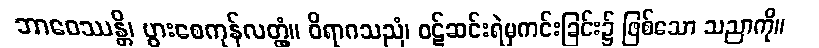
ဘာဝေဿန္တိ၊ ပွားစေကုန်လတ္တံ့။ ဝိရာဂသညံ၊ ဝဋ်ဆင်းရဲမှကင်းခြင်း၌ ဖြစ်သော သညာကို။